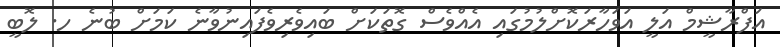
އަފްރާޝީމް އަލީ އަވަހާރަކޮށްލުމުގައި އެއްވެސް ގޮތަކަށް ބައިވެރިވެފައިނުވާނެ ކަމަށް ބުނެ ހ. ލޮބީ